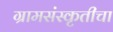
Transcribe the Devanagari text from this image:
ग्रामसंस्कृतीचा